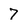
Character: 7